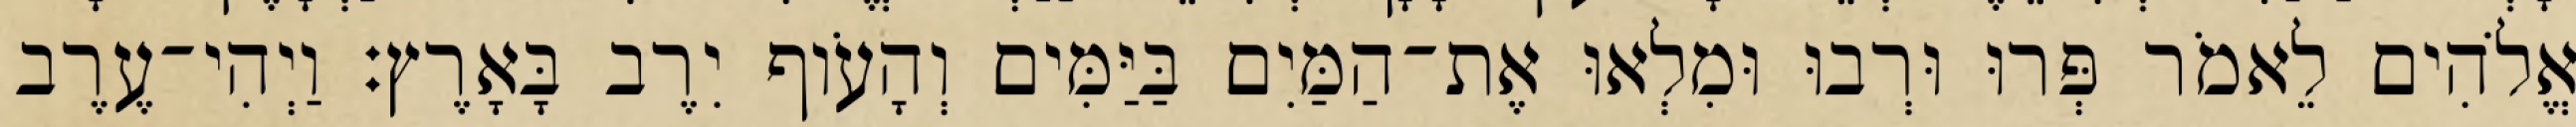
אֱלֹהִים לֵאמֹר פְּרוּ וּרְבוּ וּמִלְאוּ אֶת־הַמַּיִם בַּיַּמִּים וְהָעֹוף יִרֶב בָּאָרֶץ׃ וַיְהִי־עֶרֶב